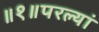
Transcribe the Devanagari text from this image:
॥१॥परल्यां